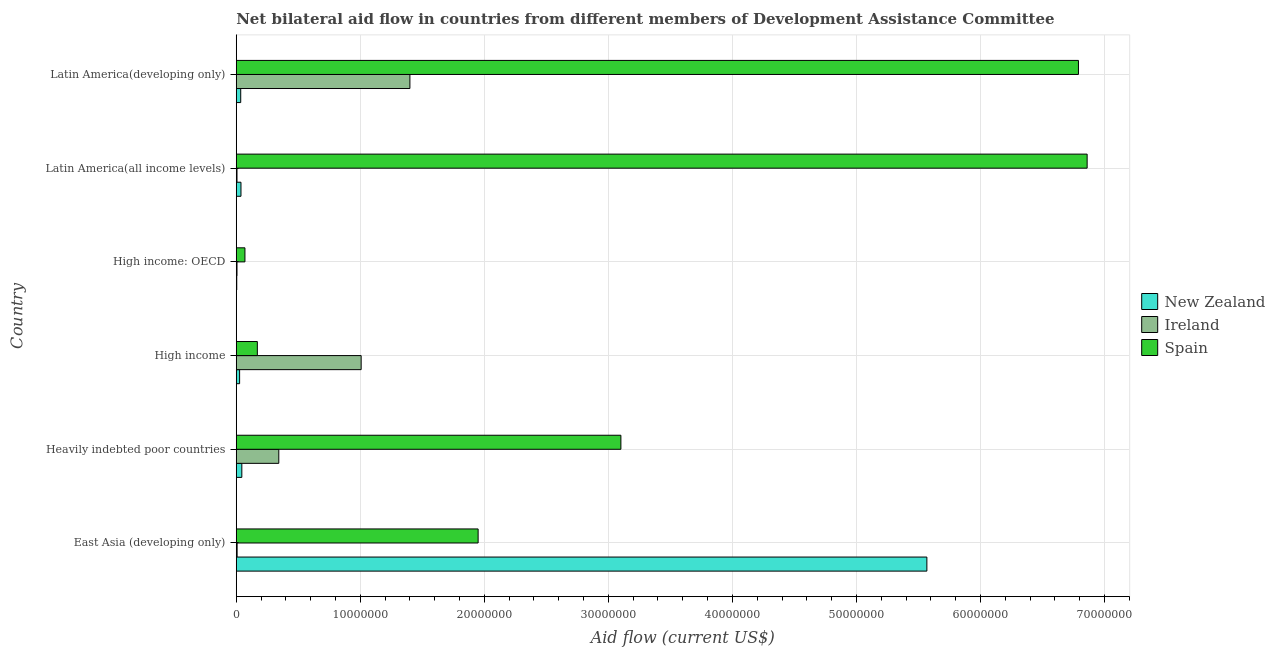
| Country | New Zealand | Ireland | Spain |
 | --- | --- | --- | --- |
 | East Asia (developing only) | 5.57e+07 | 7e+04 | 1.95e+07 |
 | Heavily indebted poor countries | 4.5e+05 | 3.43e+06 | 3.1e+07 |
 | High income | 2.7e+05 | 1.01e+07 | 1.7e+06 |
 | High income: OECD | 4e+04 | 6e+04 | 7e+05 |
 | Latin America(all income levels) | 3.8e+05 | 6e+04 | 6.86e+07 |
 | Latin America(developing only) | 3.6e+05 | 1.4e+07 | 6.79e+07 |